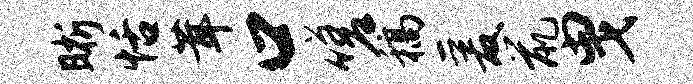
晰恬茸口嗟稿爰鼠曳